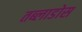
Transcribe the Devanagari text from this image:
तब्लाडोस